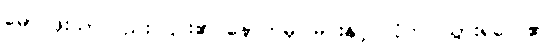
မောင်ဖိုးသာလည်း ၎င်း၏ နောက်မှ မြင်းနှင့် လိုက်ပါသွားရလေ၏။